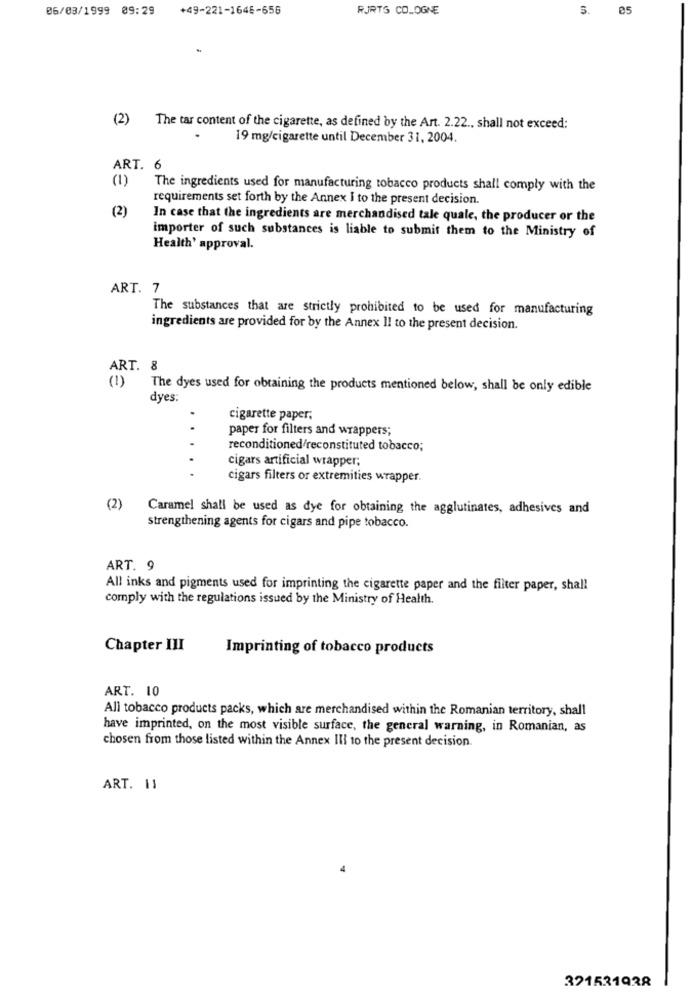
06/03/1999 09:29
+49-221-1646-656
RJRTS COLOGNE
3.
e5
(2)
The tar content of the cigarette, as defined by the Art. 2.22 ., shall not exceed:
19 mg/cigarette until December 31, 2004.
ART. 6
(1)
The ingredients used for manufacturing tobacco products shall comply with the
requirements set forth by the Annex I to the present decision.
(2)
In case that the ingredients are merchandised tale quale, the producer or the
importer of such substances is liable to submit them to the Ministry of
Health' approval.
ART. 7
The substances that are strictly prohibited to be used for manufacturing
ingredients are provided for by the Annex Il to the present decision.
ART. 8
(1) The dyes used for obtaining the products mentioned below, shall be only edible
dyes:
.
cigarette paper;
paper for filters and wrappers;
reconditioned/reconstituted tobacco;
cigars artificial wrapper;
..
cigars filters or extremities wrapper.
(2) Caramel shall be used as dye for obtaining the agglutinates, adhesives and
strengthening agents for cigars and pipe tobacco.
ART. 9
All inks and pigments used for imprinting the cigarette paper and the filter paper, shall
comply with the regulations issued by the Ministry of Health.
Chapter III
Imprinting of tobacco products
ART. 10
All tobacco products packs, which are merchandised within the Romanian territory, shall
have imprinted, on the most visible surface, the general warning, in Romanian, as
chosen from those listed within the Annex Ill to the present decision.
ART. 11
321531938